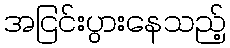
အငြင်းပွားနေသည့်